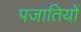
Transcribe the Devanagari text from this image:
पजातियों